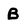
Character: B